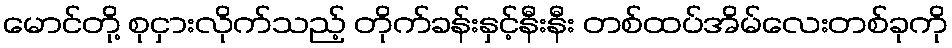
မောင်တို့ စုငှားလိုက်သည့် တိုက်ခန်းနှင့်နီးနီး တစ်ထပ်အိမ်လေးတစ်ခုကို